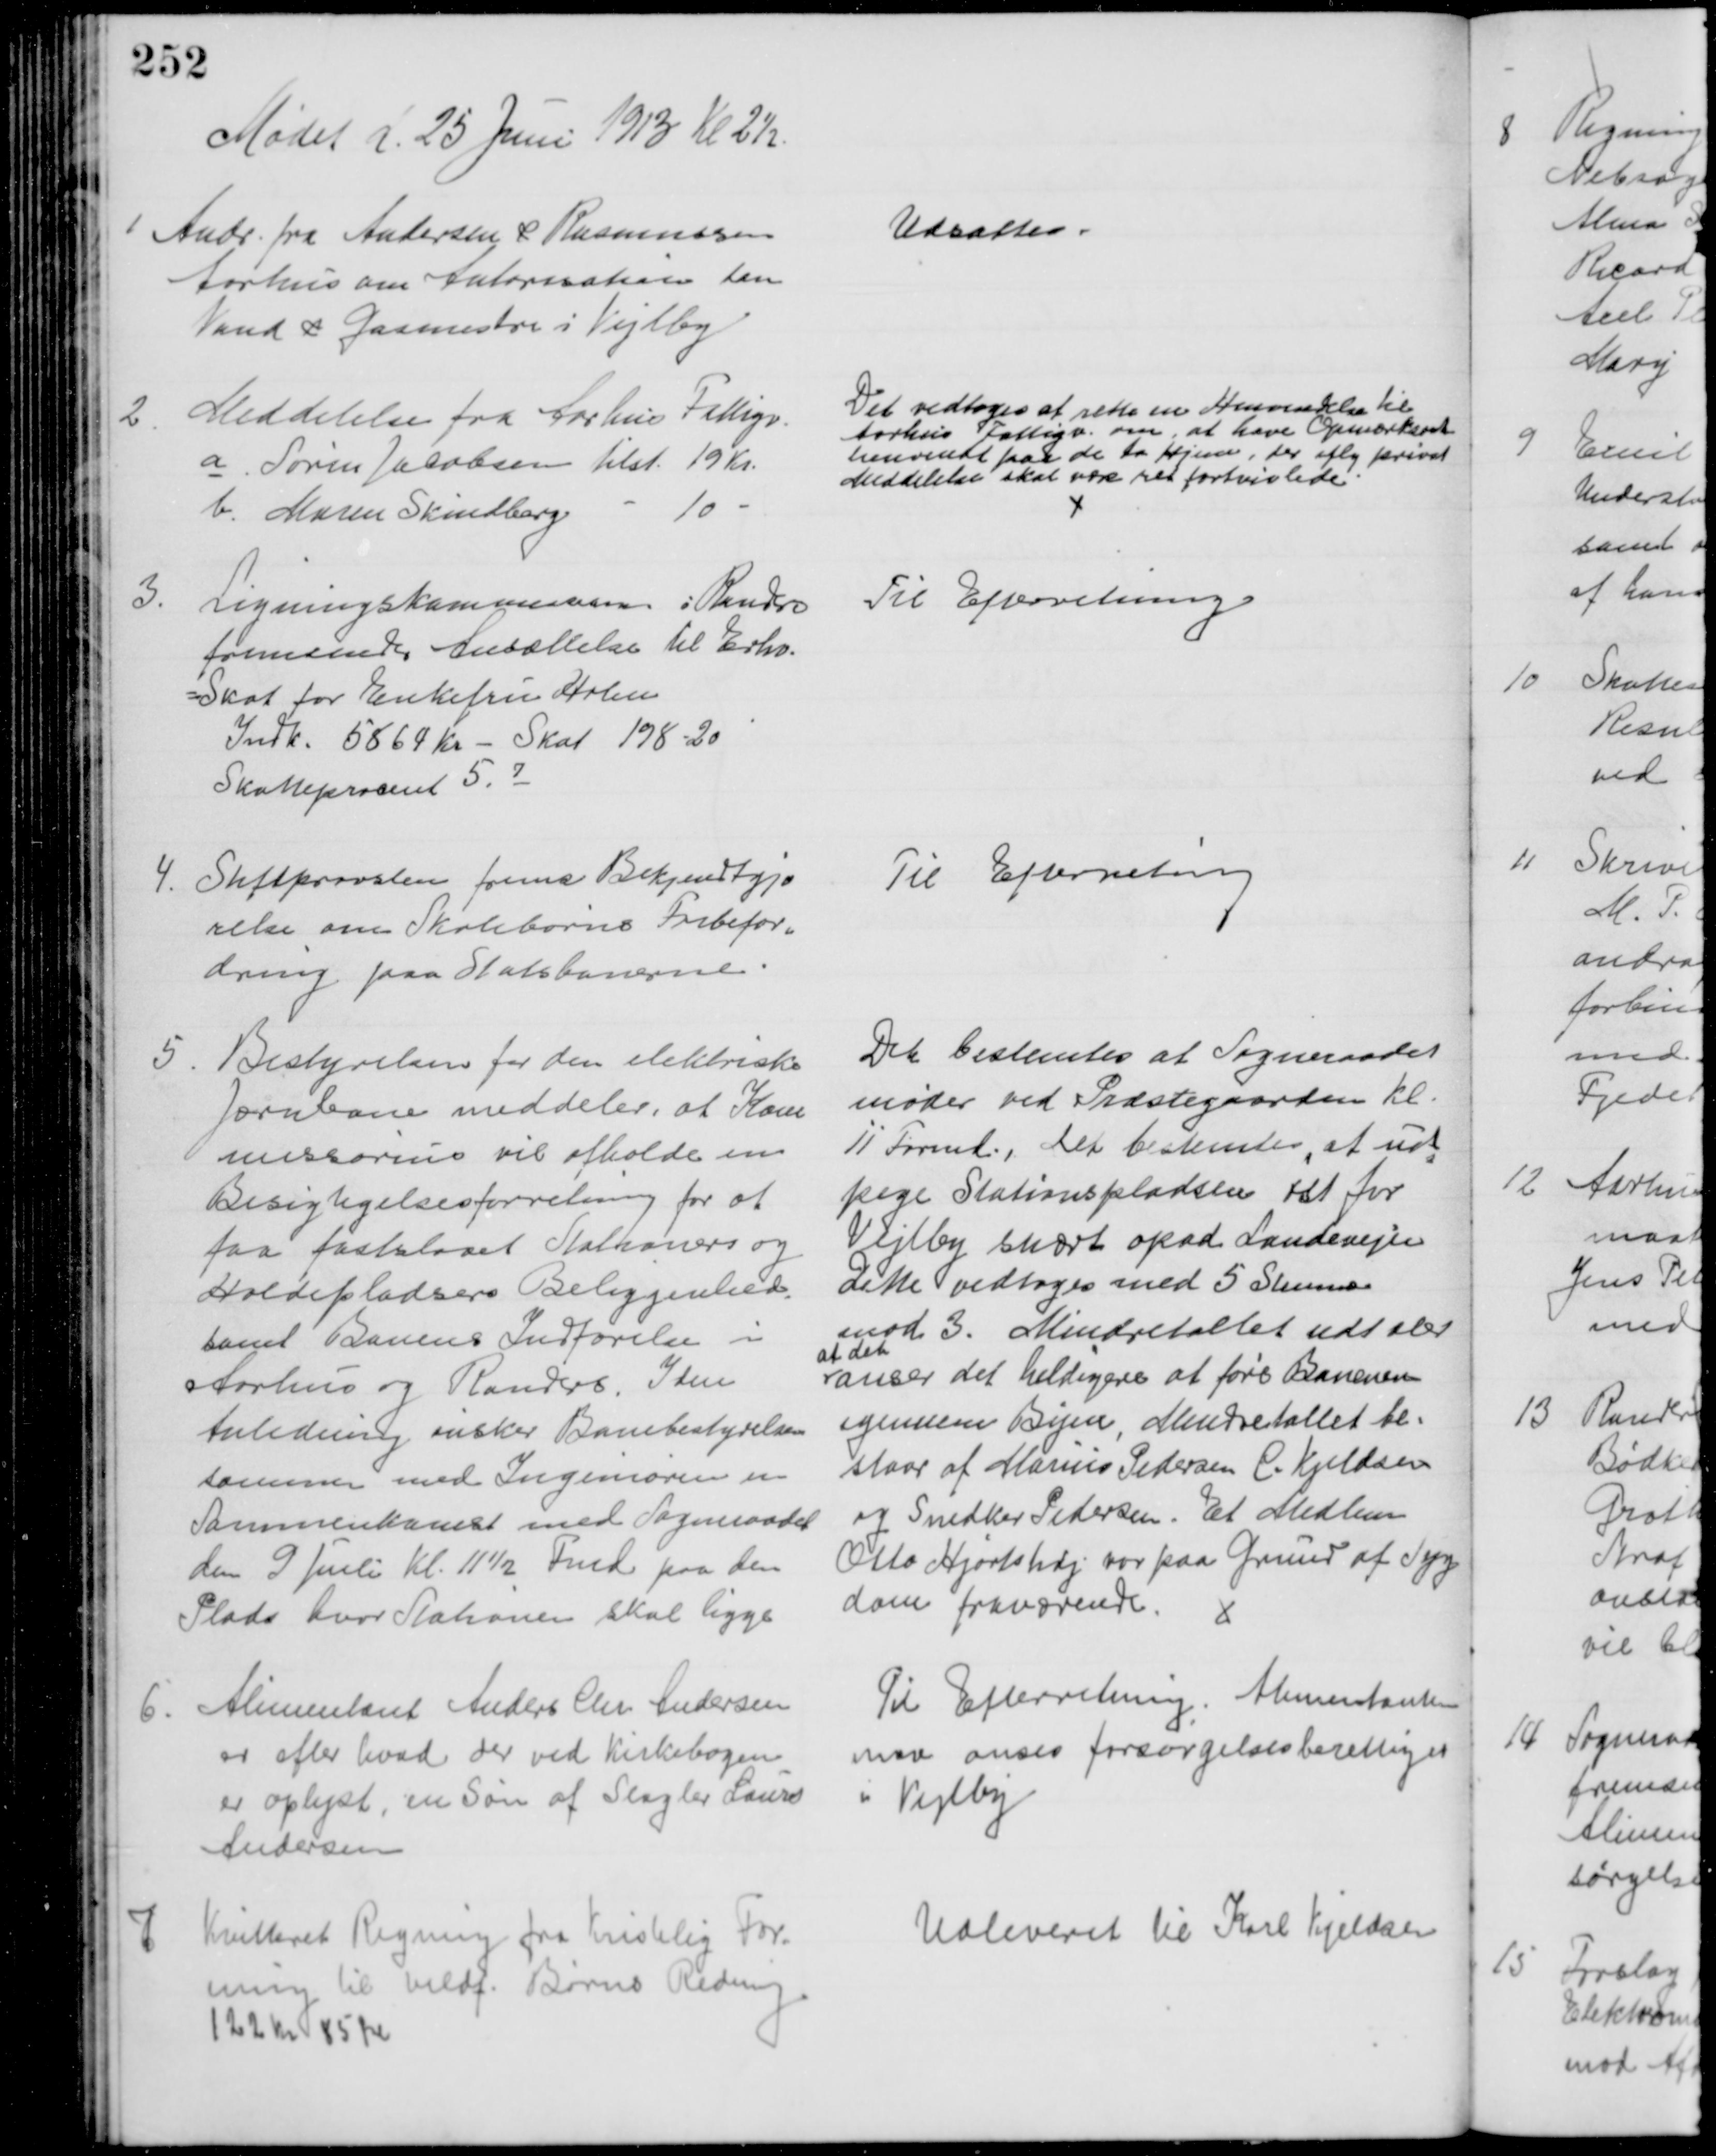
Transskription:
Mødet d. 25 Juni 1913 Kl 2½
1
Andr. fra Andersen & Rasmussen
Aarhus om Autorisation som
Vand & Gasmestre i Vejlby
Udsattes.
2
Meddelelse fra Aarhus Fattigv.
a. Søren Jacobsen tilst. 19 Kr.
b. Maren Skindberg
10
Det vedtoges at rette en Henvendelse til 
Aarhus Fattigv., om at have Opmærksomh
henvendt paa de to Hjem, der iflg privat
Meddelelse skal være ret fortvivlede
3.
Ligningskommissionen i Randers
fremsender Ansættelse til Erhv.
=Skat for Enkefru Holm
Indk. 5864 kr - Skat 198-20
Skatteprocent 5.7
Til Efterretning.
4.
Stiftprovsten frems Bekjendtgjø
relse om Skolebørns Fribefor-
dring paa Statsbanerne
Til Efterretning
5
Bestyrelsen for den elektriske 
Jærnbane meddeler, at Kom
missorien vil afholde en 
Besigtigelsesforretning for at
faa fastslaaet Stationers og 
Holdepladsers Beliggenhed.
samt Banens Indførelse i
Aarhus og Randers. I den
Anledning ønsker Banebestyrelsen
sammen med Ingeniøren en
Sammenkomst med Sogneraadet
den 9 Juli Kl. 11½ Fmd paa den
Plads hvor Stationen skal ligge
Det bestemtes at Sogneraadet
møder ved Præstegaarden kl. 
11 Formd., det bestemtes, at ud
=
pege Stationspladsen øst for 
Vejlby snært opad Landevejen
Dette vedtoges med 5 Stemmer
mod 3. Mindretallet udtaler
at det
anser det heldigere at føre Banenen
igennem Byen, Mindretallet be=
staar af Marius Pedersen C. Kjeldsen
og Snedker Pedersen. Et Medlem
Otto Hjortshøj var paa Grund af Syg-
dom fraværende.
6.
Alimentant Anders Chr. Andersen
og efter hvad der ved Kirkebogen
er oplyst, en Søn af Slagter Laurs
Andersen
Til Efterretning. Alimentanten
maa anses forsørgelsesberettiget
i Vejlby
7
Kvitteret Regning fra Kristelig For-
ening til vildf. Børns Redning
122 Kr 85 Øre
Udleveret til Karl Kjeldsen